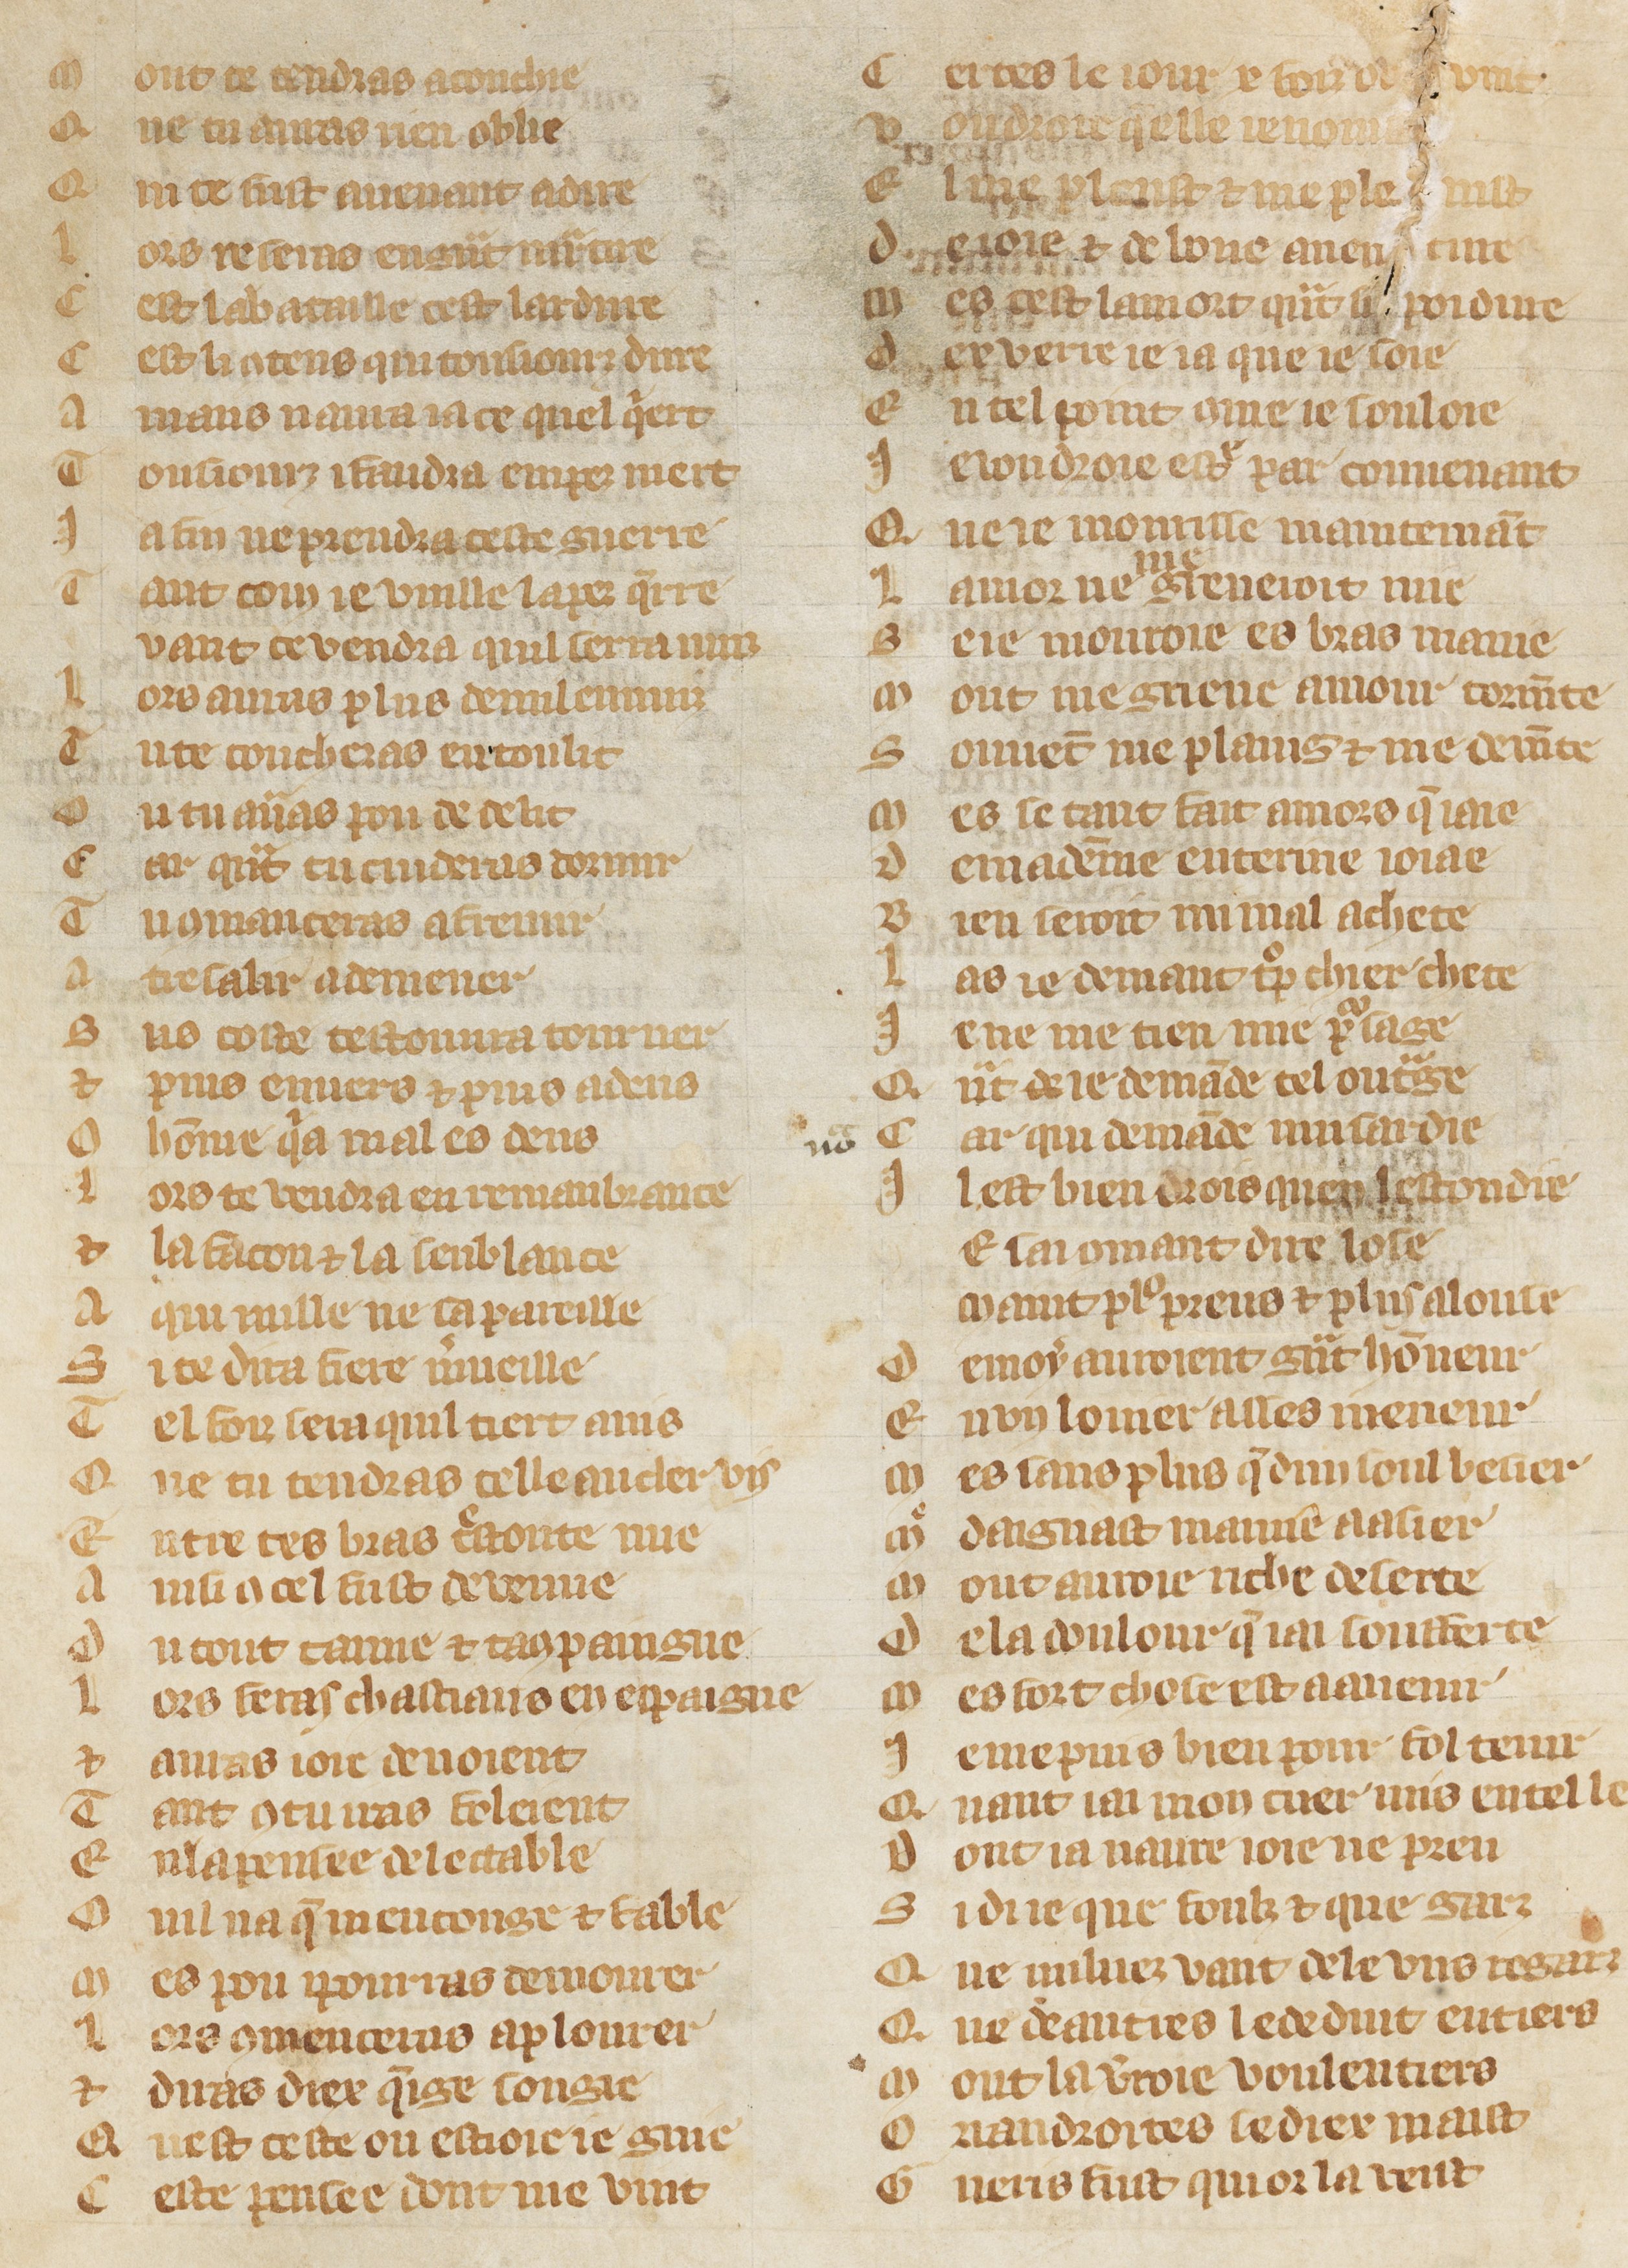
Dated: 1300–1349